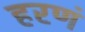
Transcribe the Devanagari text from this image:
हरणं